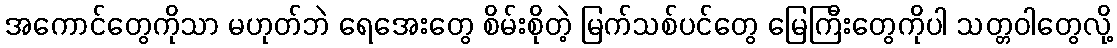
အကောင်တွေကိုသာ မဟုတ်ဘဲ ရေအေးတွေ စိမ်းစိုတဲ့ မြက်သစ်ပင်တွေ မြေကြီးတွေကိုပါ သတ္တဝါတွေလို့